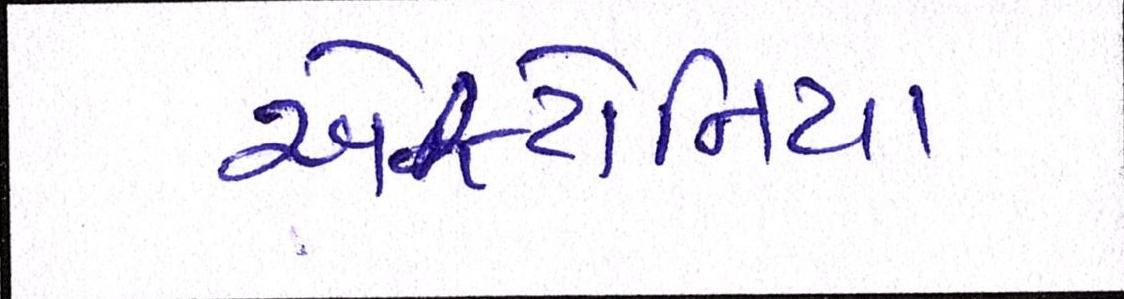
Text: એસ્ટોનિયા